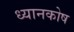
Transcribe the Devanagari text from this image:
ध्यानकोष